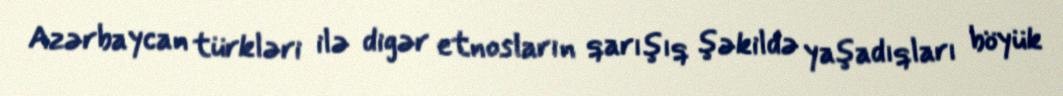
Azərbaycan türkləri ilə digər etnosların qarışıq şəkildə yaşadıqları böyük